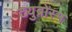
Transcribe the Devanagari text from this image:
टयुब्रोस्म